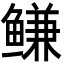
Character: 鳒